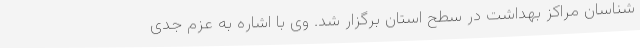
شناسان مراکز بهداشت در سطح استان برگزار شد. وی با اشاره به عزم جدی